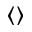
\langle \rangle